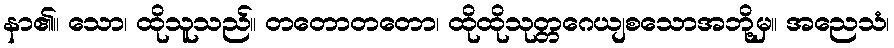
နာ၏။ သော၊ ထိုသူသည်။ တတောတတော၊ ထိုထိုသုတ္တဂေယျစသောအဘို့မှ။ အညေသံ၊